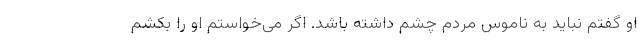
او گفتم نباید به ناموس مردم چشم داشته باشد. اگر می‌خواستم او را بکشم